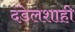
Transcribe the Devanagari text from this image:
दंडेलशाही